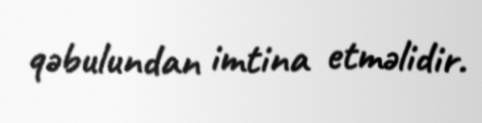
qəbulundan imtina etməlidir.